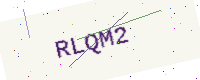
Text: RLQM2